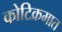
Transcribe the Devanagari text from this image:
कोटिक्रमात